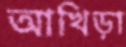
আখিড়া